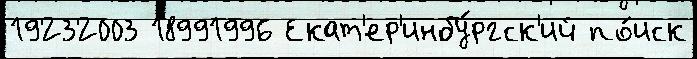
19232003 18991996 Екат'ер'инбу́ргск'ий по́иск